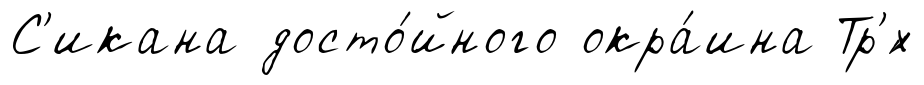
С'икана досто́йного окра́ина Тр'́х